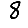
Digit: 8